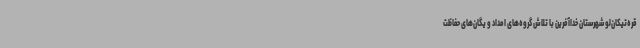
قره‌تیکان‌لو شهرستان خداآفرین با تلاش گروه‌های امداد و یگان‌های حفاظت